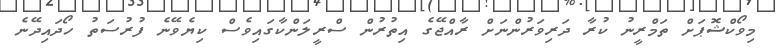
މިވޯކްޝޮޕަށް ތަމްރީނު ކުރާ ދަރިވަރުންނަށް ރާއްޖޭގެ އިތުރުން ސްރީލަންކާގައިވެސް ކިޔެވޭނެ ފުރުސަތު ހޯދައިދޭނެ